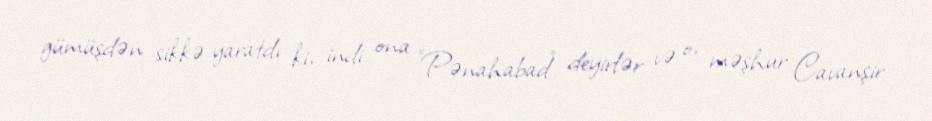
gümüşdən sikkə yaratdı ki, indi ona "Pənahabad" deyirlər və o, məşhur Cavanşir